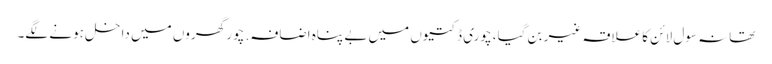
تھانہ سول لائن کا علاقہ غیر بن گیا، چوری ڈکتیوں میں بے پناہ اضافہ. چور گھروں میں داخل ہونے لگے۔